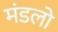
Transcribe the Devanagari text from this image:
मंडलो